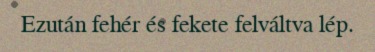
Ezután fehér és fekete felváltva lép.